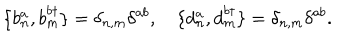
\{ b _ { n } ^ { a } , b _ { m } ^ { b \dagger } \} = \delta _ { n , m } \delta ^ { a b } , \quad \{ d _ { n } ^ { a } , d _ { m } ^ { b \dagger } \} = \delta _ { n , m } \delta ^ { a b } .